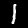
Digit: 1